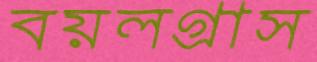
বয়লগ্রাস